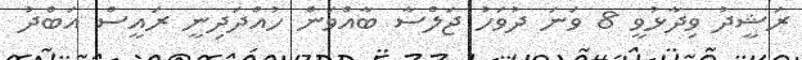
ރަޝީދު ވިދާޅުވީ 8 ވަނަ ދުވަހު ޖަލްސާ ބާއްވަން ހުއްދަދިނީ ރައީސް އަބްދު